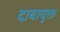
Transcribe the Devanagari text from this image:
दाबायुक्त